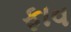
ફાવ